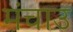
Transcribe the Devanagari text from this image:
मंचाउ